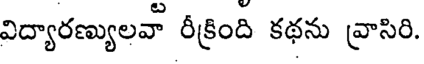
విద్యారణ్యులవా రీక్రింది కథను వ్రాసిరి.